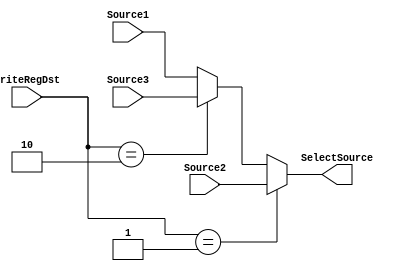
`timescale 1ns / 1ps

module WriteRegMux(
	WriteRegDst,Source1,Source2,Source3,SelectSource
    );
	input [1:0] WriteRegDst;
	input [4:0] Source1;//Rt
	input [4:0] Source2;//Rd
	input [4:0] Source3;//$ra
	output [4:0] SelectSource;

	parameter Rt = 2'b00,Rd = 2'b01, Ra=2'b10;

	assign SelectSource = (WriteRegDst==Rd)?Source2:(
			(WriteRegDst==Ra)?Source3:Source1);

endmodule

module ALUSrcMux(
	ALUSrc,Source1,Source2,SelectSource
	);
	input ALUSrc;
	input [31:0] Source1;//RData2
	input [31:0] Source2;//EXT
	output [31:0] SelectSource;

	assign SelectSource = ALUSrc?Source2:Source1;

endmodule

module ResultToRegMux(
	ResultToReg,Source1,Source2,Source3,SelectSource
	);
	input [1:0] ResultToReg;
	input [31:0] Source1;//ALU result
	input [31:0] Source2;//Mem
	input [31:0] Source3;//PC+4
	output [31:0] SelectSource;

	parameter ALUResult = 2'b00,MemResult = 2'b01,PCSave = 2'b10;
	assign SelectSource = ResultToReg==ALUResult ?Source1:
						  ResultToReg==MemResult ?Source2:
						  ResultToReg==PCSave    ?Source3:0;

endmodule

module NPCMux(
	Branch,zero,Jump,Source1,Source2,Source3,Source4,SelectSource
	);
	input Branch;
	input zero;
	input [1:0] Jump;
	input [31:0] Source1;//PC+4
	input [31:0] Source2;//beq
	input [31:0] Source3;//jal
	input [31:0] Source4;//jr
	output [31:0] SelectSource;

	wire [31:0] temp;
	assign temp = (Branch & zero)?Source2:Source1;
	assign SelectSource = (Jump==2'b00)?temp:((Jump==2'b01)?Source3:Source4);

endmodule

module EX_ForwardMux(
	ForwardRSE,ForwardRTE,
    RData1,RData2,W_RData,
    M_RData,M_PC8,SelectSource1,SelectSource2
	);
	input [1:0] ForwardRSE;
    input [1:0] ForwardRTE;
    input [31:0] RData1;
    input [31:0] RData2;
    input [31:0] W_RData;
    input [31:0] M_RData;
	input [31:0] M_PC8;
	output [31:0] SelectSource1;
	output [31:0] SelectSource2;

	assign SelectSource1 = (ForwardRSE==2'b00)?RData1:
						   (ForwardRSE==2'b01)?W_RData:
						   (ForwardRSE==2'b10)?M_RData:M_PC8;
	assign SelectSource2 = (ForwardRTE==2'b00)?RData2:
						   (ForwardRTE==2'b01)?W_RData:
						   (ForwardRTE==2'b10)?M_RData:M_PC8;
						   

endmodule

module MEM_ForwardMux(
	ForwardRTM,RData2,W_RData,SelectSource
	);
	input [31:0] RData2;
	input [31:0] W_RData;
	input ForwardRTM;
	output [31:0] SelectSource;
	
	assign SelectSource = (ForwardRTM)?RData2:W_RData;

endmodule

module B_ForwardMux(
	ForwardRSD,ForwardRTD,
	RData1,RData2,M_RData,M_PC8,
	SelectSource1,SelectSource2
	);
	input [1:0]ForwardRSD;
    input [1:0]ForwardRTD;
    input [31:0] RData1;
    input [31:0] RData2;
    input [31:0] M_RData;
    input [31:0] M_PC8;
	output [31:0] SelectSource1;
	output [31:0] SelectSource2;

	assign SelectSource1 = (ForwardRSD==2'b00)?RData1:
						   (ForwardRSD==2'b01)?M_RData:
						   (ForwardRSD==2'b10)?M_PC8:0;
	assign SelectSource2 = (ForwardRTD==2'b00)?RData2:
						   (ForwardRTD==2'b01)?M_RData:
						   (ForwardRTD==2'b10)?M_PC8:0;

endmodule